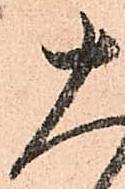
十